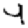
Digit: 4